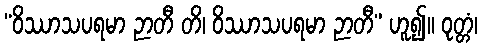
“ဝိဿာသပရမာ ဉာတီ တိ၊ ဝိဿာသပရမာ ဉာတီ” ဟူ၍။ ဝုတ္တံ၊